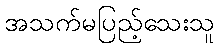
အသက်မပြည့်သေးသူ